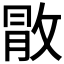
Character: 𢽵